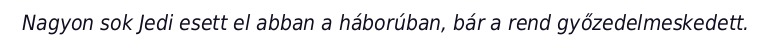
Nagyon sok Jedi esett el abban a háborúban, bár a rend győzedelmeskedett.